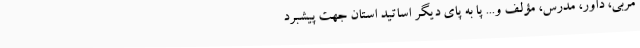
مربی، داور، مدرس، مؤلف و... پا به پای دیگر اساتید استان جهت پیشبرد